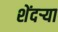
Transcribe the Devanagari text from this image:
शेंदऱ्या